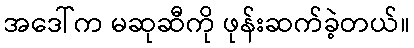
အဒေါ်က မဆုဆီကို ဖုန်းဆက်ခဲ့တယ်။